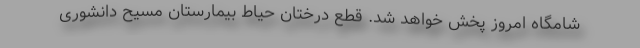
شامگاه امروز پخش خواهد شد. قطع درختان حیاط بیمارستان مسیح دانشوری